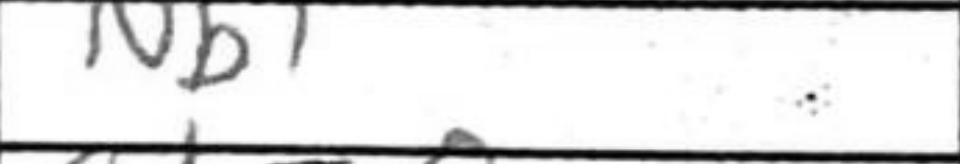
Transcription: Nb1